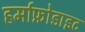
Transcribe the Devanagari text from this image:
हर्माफ्रोडाइट